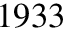
1 9 3 3